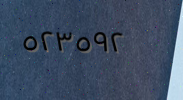
٥٢٣٥٩٢